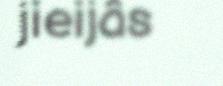
jieijâs